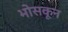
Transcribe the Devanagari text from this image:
भोसकून